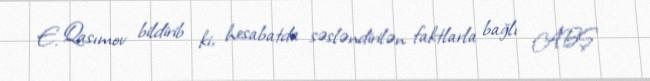
E. Qasımov bildirib ki, hesabatda səsləndirilən faktlarla bağlı ABŞ